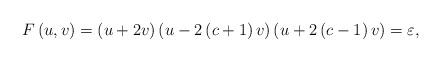
LaTeX: \begin{align*}F\left( u,v\right) =\left( u+2v\right) \left( u-2\left( c+1\right) v\right)\left( u+2\left( c-1\right) v\right) =\varepsilon , \end{align*}